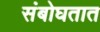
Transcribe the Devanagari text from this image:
संबोघतात